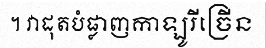
។ វាដុតបំផ្លាញកាឡូរីច្រើន